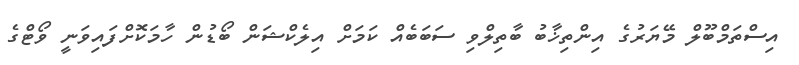
އިސްތަމްބޫލް މޭޔަރުގެ އިންތިޚާބު ބާތިލްވި ސަބަބެއް ކަމަށް އިލެކްޝަން ބޯޑުން ހާމަކޮށްފައިވަނީ ވޯޓްގެ